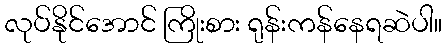
လုပ်နိုင်အောင် ကြိုးစား ရုန်းကန်နေရဆဲပါ။